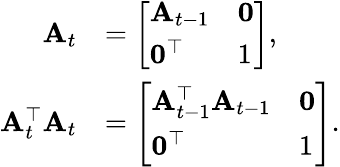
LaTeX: \begin{array}{rl}{\mathbf{A}_{t}}&{=\left[\begin{array}{ll}{\mathbf{A}_{t-1}}&{\mathbf{0}}\\ {\mathbf{0}^{\top}}&{1}\end{array}\right],}\\ {\mathbf{A}_{t}^{\top}\mathbf{A}_{t}}&{=\left[\begin{array}{ll}{\mathbf{A}_{t-1}^{\top}\mathbf{A}_{t-1}}&{\mathbf{0}}\\ {\mathbf{0}^{\top}}&{1}\end{array}\right].}\end{array}